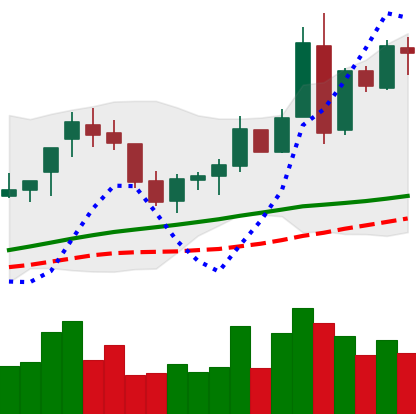
Ticker: BNB-USD
Chart end date: 2018-04-29
Forward return: -4.827%
Label: down_3_5